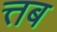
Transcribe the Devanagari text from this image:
त्तब